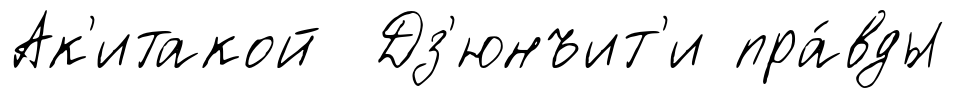
Ак'итакой Дз'юнъит'и пра́вды